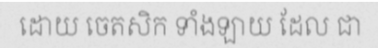
ដោយ ចេតសិក ទាំងឡាយ ដែល ជា